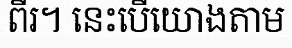
ពីរ។ នេះបើយោងតាម